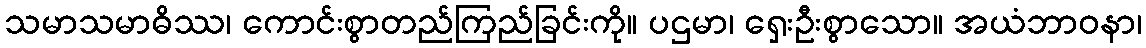
သမာသမာဓိဿ၊ ကောင်းစွာတည်ကြည်ခြင်းကို။ ပဌမာ၊ ရှေးဦးစွာသော။ အယံဘာဝနာ၊